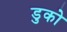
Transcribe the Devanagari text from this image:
डुको